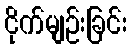
ငိုက်မျဉ်းခြင်း